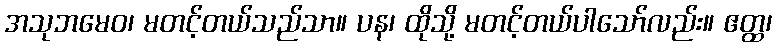
အသုဘမေဝ၊ မတင့်တယ်သည်သာ။ ပန၊ ထိုသို့ မတင့်တယ်ပါသော်လည်း။ ဧတ္ထ၊